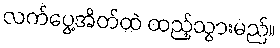
လက်ပွေ့အိတ်ထဲ ထည့်သွားမည်။